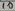
Text: 10